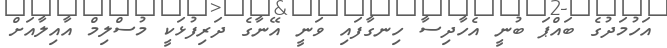
އަހުމަދުގެ ބައްޕަ ބުނީ އެހާދިސާ ހިނގާފައި ވަނީ އޭނާގެ ދަރިފުޅަކީ މުސްލިމް އާއިލާއަށް